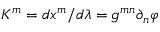
K ^ { m } = d x ^ { m } / d \lambda = g ^ { m n } \partial _ { n } \varphi